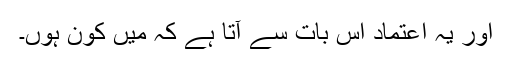
اور یہ اعتماد اس بات سے آتا ہے کہ میں کون ہوں۔